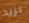
نزيد